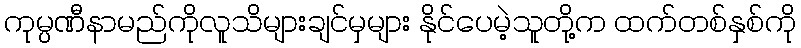
ကုမ္ပဏီနာမည်ကိုလူသိများချင်မှများ နိုင်ပေမဲ့သူတို့က ထက်တစ်နှစ်ကို